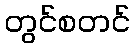
တွင်စတင်